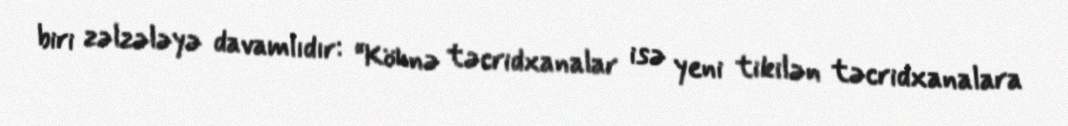
biri zəlzələyə davamlıdır: “Köhnə təcridxanalar isə yeni tikilən təcridxanalara